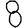
Digit: 8